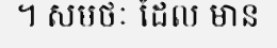
។ សមថៈ ដែល មាន